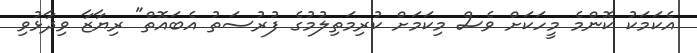
އެކަމަކު ކޮންމެ މީހަކަށް ވެސް މިކަމަށް ކުރިމަތިލުމުގެ ފުރުސަތު އެބައޮތް" ރިޔާޒާ ވިދާޅުވި